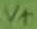
Text: V+